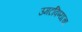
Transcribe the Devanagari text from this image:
उमटविण्याचा